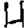
Digit: 4